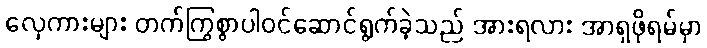
လှေကားများ တက်ကြွစွာပါဝင်ဆောင်ရွက်ခဲ့သည် အားရလား အာရှဖိုရမ်မှာ